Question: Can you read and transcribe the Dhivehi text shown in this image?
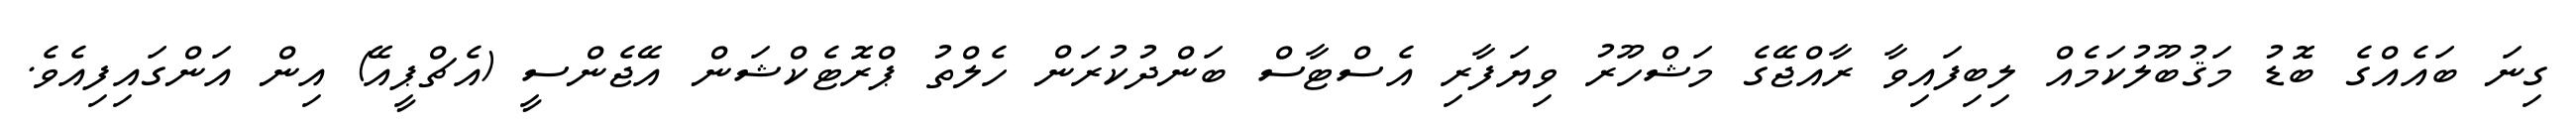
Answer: ގިނަ ބައެއްގެ ބޮޑު މަޤުބޫލުކަމެއް ލިބިފައިވާ ރާއްޖޭގެ މަޝްހޫރު ވިޔަފާރި އެސްޓާސް ބަންދުކުރަން ހެލްތު ޕްރޮޓެކްޝަން އޭޖެންސީ (އެޗްޕީއޭ) އިން އަންގައިފިއެވެ.